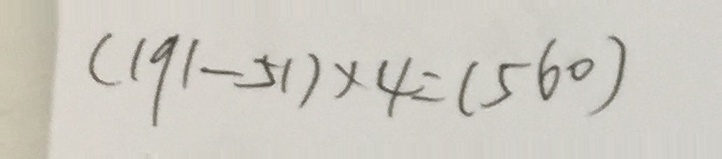
( 1 9 1 - 5 1 ) \times 4 = ( 5 6 0 )